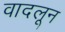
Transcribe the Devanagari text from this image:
वादलून